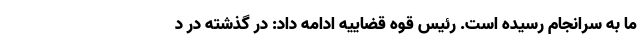
ما به سرانجام رسیده است. رئیس قوه قضاییه ادامه داد: در گذشته در د